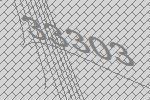
33303